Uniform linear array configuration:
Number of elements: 4
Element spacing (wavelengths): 0.25
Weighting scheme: kaiser
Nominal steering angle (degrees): -60
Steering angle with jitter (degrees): -58.058
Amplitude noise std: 0.05
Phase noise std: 0.05

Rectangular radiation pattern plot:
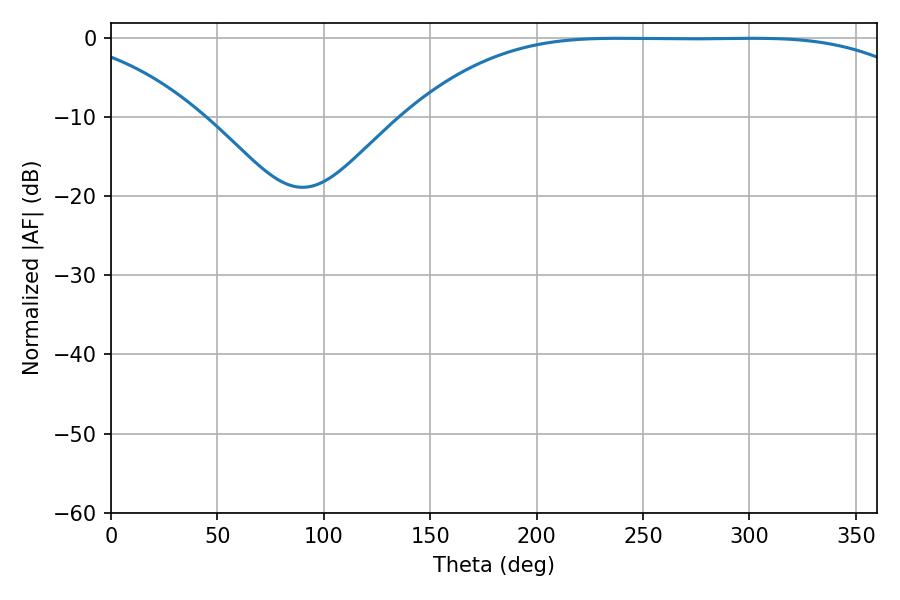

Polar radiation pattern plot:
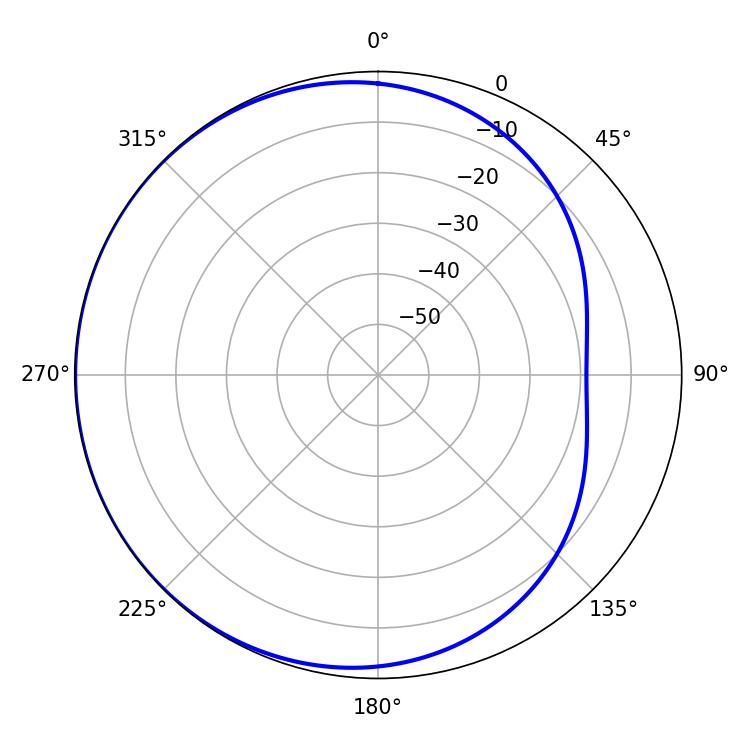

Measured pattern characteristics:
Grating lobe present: FALSE
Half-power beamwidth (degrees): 185.58
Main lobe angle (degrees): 238.14